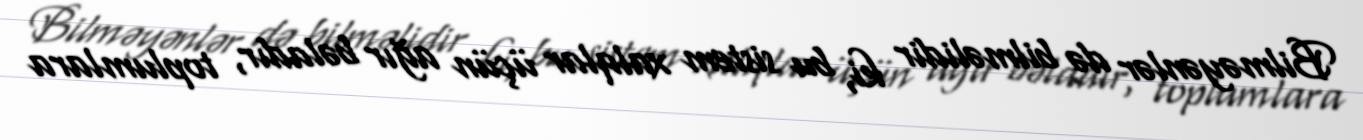
Bilməyənlər də bilməlidir ki, bu sistem xalqlar üçün ağır bəladır, toplumlara